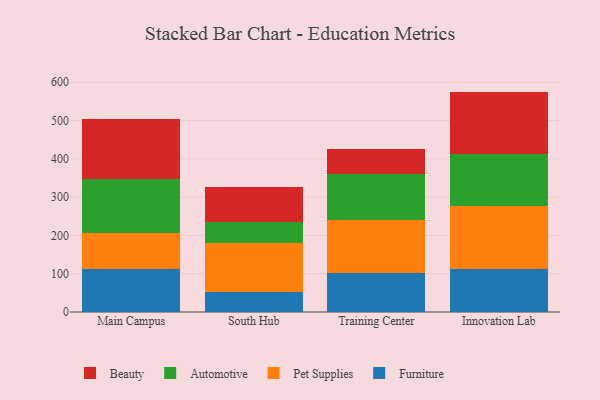
{"axis": {"x": "Campus", "y": "Churn Rate (%)"}, "legend": ["Automotive", "Beauty", "Furniture", "Pet Supplies"], "data": [{"x": "Main Campus", "y": 111.8, "type": "Furniture"}, {"x": "Main Campus", "y": 93.9, "type": "Pet Supplies"}, {"x": "Main Campus", "y": 140.9, "type": "Automotive"}, {"x": "Main Campus", "y": 158.4, "type": "Beauty"}, {"x": "South Hub", "y": 53.4, "type": "Furniture"}, {"x": "South Hub", "y": 127.0, "type": "Pet Supplies"}, {"x": "South Hub", "y": 54.6, "type": "Automotive"}, {"x": "South Hub", "y": 92.7, "type": "Beauty"}, {"x": "Training Center", "y": 103.0, "type": "Furniture"}, {"x": "Training Center", "y": 138.1, "type": "Pet Supplies"}, {"x": "Training Center", "y": 118.5, "type": "Automotive"}, {"x": "Training Center", "y": 67.2, "type": "Beauty"}, {"x": "Innovation Lab", "y": 113.0, "type": "Furniture"}, {"x": "Innovation Lab", "y": 162.6, "type": "Pet Supplies"}, {"x": "Innovation Lab", "y": 136.6, "type": "Automotive"}, {"x": "Innovation Lab", "y": 163.4, "type": "Beauty"}]}